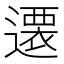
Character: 𨗢